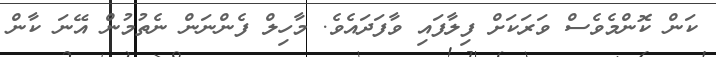
ކަން ކޮންމެވެސް ވަރަކަށް ފިލާފައި ވާފަދައެވެ. މާހިލް ފެންނަން ނެތުމުން އޭނަ ކާން